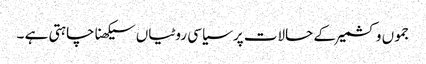
جموں و کشمیر کے حالات پر سیاسی روٹیاں سیکھنا چاہتی ہے ۔